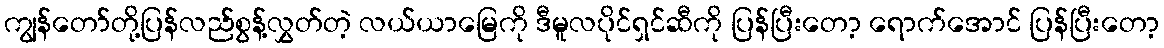
ကျွန်တော်တို့ပြန်လည်စွန့်လွှတ်တဲ့ လယ်ယာမြေကို ဒီမူလပိုင်ရှင်ဆီကို ပြန်ပြီးတော့ ရောက်အောင် ပြန်ပြီးတော့